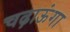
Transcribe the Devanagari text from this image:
चढ़ाऊंगा